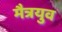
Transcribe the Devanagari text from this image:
मैत्रयुव